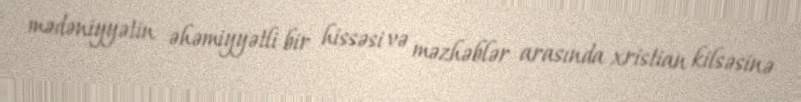
mədəniyyətin əhəmiyyətli bir hissəsi və məzhəblər arasında xristian kilsəsinə